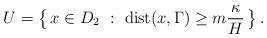
LaTeX: \begin{align*}U=\big\{\,x\in D_2~:~{\rm dist}(x,\Gamma)\geq m\frac\kappa H\,\big\}\,.\end{align*}